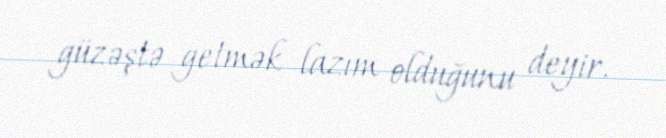
güzəştə getmək lazım olduğunu deyir.